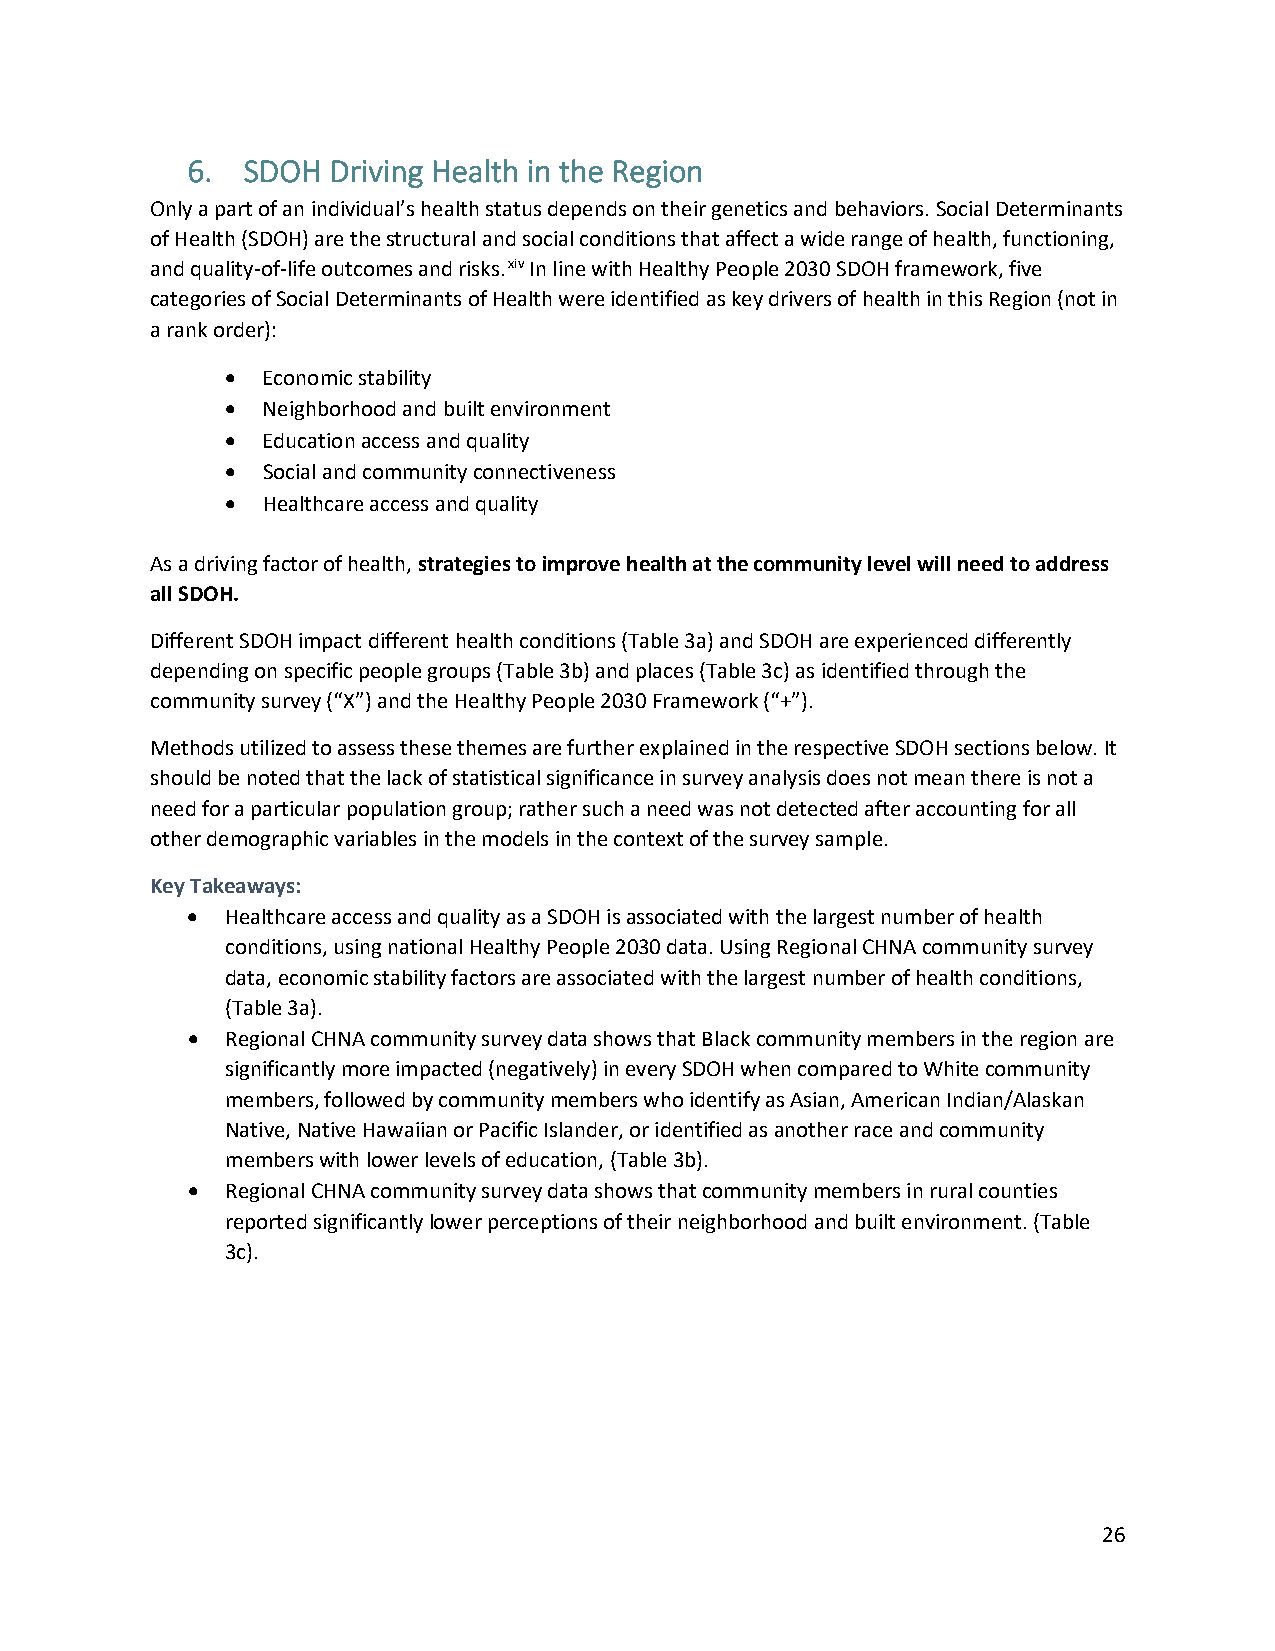
6.  SDOH  Driving Health in the Region
 Only a part of an individual’s health status depends on their genetics and behaviors. Social Determinants
 of Health (SDOH) are the structural and social conditions that affect a wide range of health, functioning,
 and quality-of-life outcomes and risks.xiv In line with Healthy People 2030 SDOH framework, five
 categories of Social Determinants of Health were identified as key drivers of health in this Region (not in
 a rank order):
 • Economic stability
 • Neighborhood and built environment
 • Education access and quality
 • Social and community connectiveness
 • Healthcare access and quality
 As a driving factor of health, strategies to improve health at the community level will need to address
 all SDOH.
 Different SDOH impact different health conditions (Table 3a) and SDOH are experienced differently
 depending on specific people groups (Table 3b) and places (Table 3c) as identified through the
 community survey (“X”) and the Healthy People 2030 Framework (“+”).
 Methods utilized to assess these themes are further explained in the respective SDOH sections below. It
 should be noted that the lack of statistical significance in survey analysis does not mean there is not a
 need for a particular population group; rather such a need was not detected after accounting for all
 other demographic variables in the models in the context of the survey sample.
 Key Takeaways:
 •  Healthcare access and quality as a SDOH is associated with the largest number of health
 conditions, using national Healthy People 2030 data. Using Regional CHNA community survey
 data, economic stability factors are associated with the largest number of health conditions,
 (Table 3a).
 •  Regional CHNA community survey data shows that Black community members in the region are
 significantly more impacted (negatively) in every SDOH when compared to White community
 members, followed by community members who identify as Asian, American Indian/Alaskan
 Native, Native Hawaiian or Pacific Islander, or identified as another race and community
 members with lower levels of education, (Table 3b).
 •  Regional CHNA community survey data shows that community members in rural counties
 reported significantly lower perceptions of their neighborhood and built environment. (Table
 3c).
 26